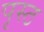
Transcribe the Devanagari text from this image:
पृस्ठ